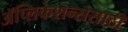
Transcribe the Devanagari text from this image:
ॲप्लिकेशन्ससाठी